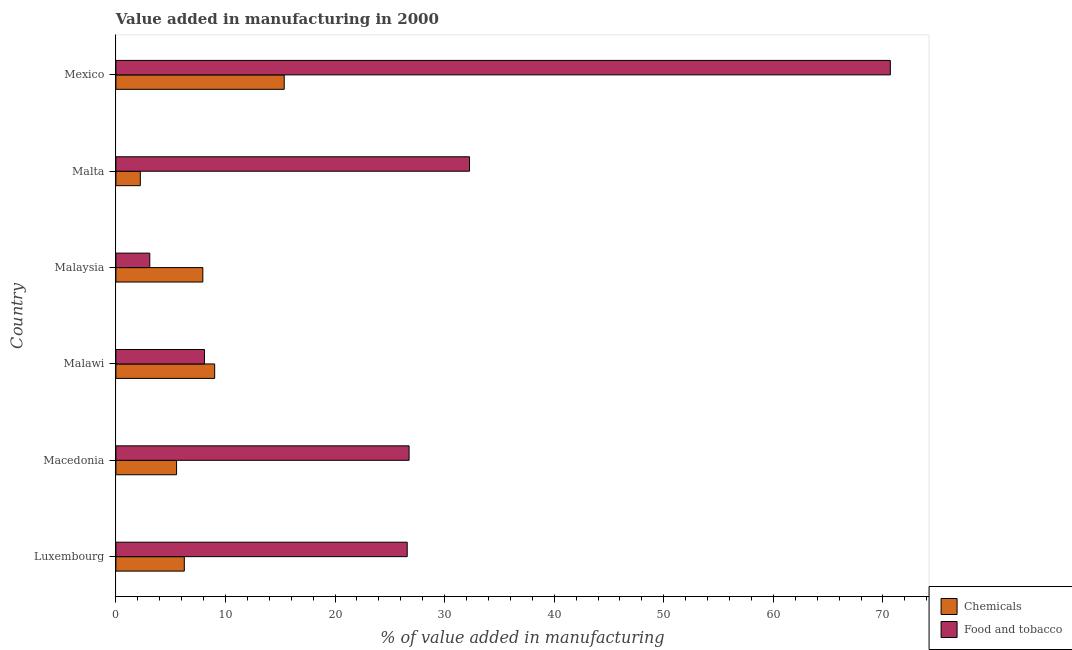
| Country | Chemicals | Food and tobacco |
 | --- | --- | --- |
 | Luxembourg | 6.24 | 26.6 |
 | Macedonia | 5.54 | 26.8 |
 | Malawi | 9.01 | 8.08 |
 | Malaysia | 7.93 | 3.09 |
 | Malta | 2.23 | 32.3 |
 | Mexico | 15.4 | 70.7 |